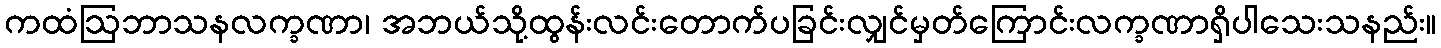
ကထံဩဘာသနလက္ခဏာ၊ အဘယ်သို့ထွန်းလင်းတောက်ပခြင်းလျှင်မှတ်ကြောင်းလက္ခဏာရှိပါသေးသနည်း။